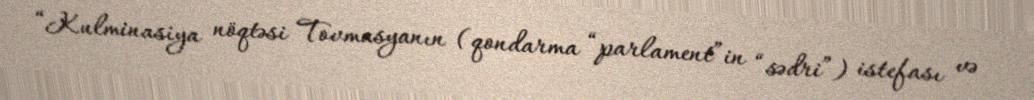
“Kulminasiya nöqtəsi Tovmasyanın (qondarma “parlament”in “sədri”) istefası və